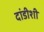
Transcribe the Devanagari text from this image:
दांडीशी